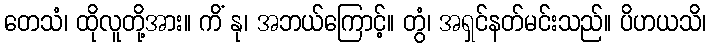
တေသံ၊ ထိုလူတို့အား။ ကိံ နု၊ အဘယ်ကြောင့်။ တွံ၊ အရှင်နတ်မင်းသည်။ ပိဟယသိ၊